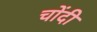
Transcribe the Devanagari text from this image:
चोंदी